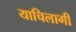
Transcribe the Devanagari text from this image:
याचिलागीं